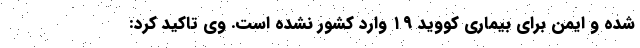
شده و ایمن برای بیماری کووید ۱۹ وارد کشور نشده است. وی تاکید کرد: